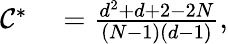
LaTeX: \begin{array}{rl}{\mathcal{C}^{\ast}}&{{}=\frac{d^{2}+d+2-2N}{\left(N-1\right)\left(d-1\right)},}\end{array}